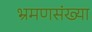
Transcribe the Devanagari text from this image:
भ्रमणसंख्या